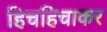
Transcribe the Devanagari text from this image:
हिचहिचाकर